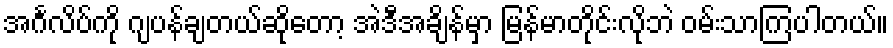
အင်္ဂလိပ်ကို ဂျပန်ချတယ်ဆိုတော့ အဲဒီအချိန်မှာ မြန်မာတိုင်းလိုဘဲ ဝမ်းသာကြပါတယ်။